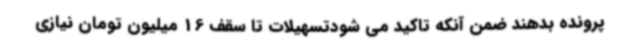
پرونده بدهند ضمن آنکه تاکید می شودتسهیلات تا سقف 16 میلیون تومان نیازی